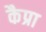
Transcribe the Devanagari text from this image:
कैप्रा